Annual report on the working of the mental hospitals in the Madras Presidency - 1912-1932
Year: 1912
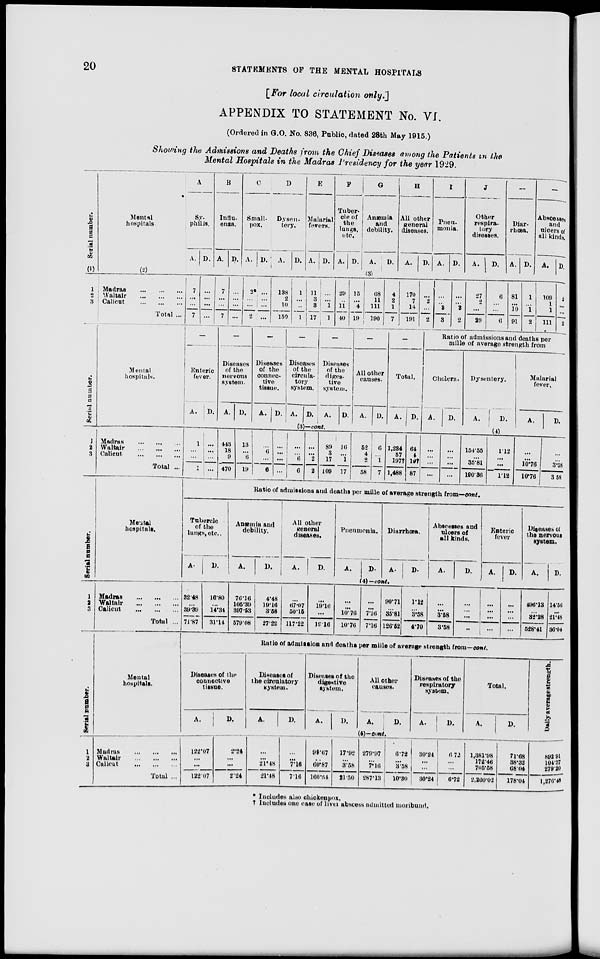
20
STATEMENTS
OF
THE MENTAL HOSPITALS
[For local circulation only.]
APPENDIX TO STATEMENT No. VI.
(Ordered in G.O. No. 836, Public, dated 28th May 1915.)
Showing the Admissions and Deaths from the Chief Diseases among the Patients in the
Mental Hospitals in the Madras Presidency for the year 1929.
Serial number.
(1)
1
2
3
Mental
hospitals.
(2)
Madras
...
...
...
Waltair
...
...
...
Calicut
...
...
...
Total ...
A
Sy-
philis.
A. D.
B
Influ-
enza.
A. D.
C
Small-
pox.
A. D.
D
Dysen-
tery.
A.
D.
E
Malarial
fevers.
A. D.
F
Tuber-
cle of
the
lungs,
etc.
A.
D.
G
Anæmia
and
debility.
A.
D.
H
All other
general
diseases.
A.
D.
I
Pneu-
monia.
A. D.
J
Other
respira-
tory
diseases.
A.
D.
—
Diar
rhœa.
A. D.
—
Abscesses
and
ulcers of
all kinds.
A.
D.
(3)
7
...
...
7
...
...
...
...
7
...
...
7
...
...
...
...
2*
...
...
2
...
...
...
...
138
2
10
150
1
...
...
1
11
3
3
17
...
...
1
1
29
...
11
40
15
...
4
19
68
11
111
190
4
2
1
7
170
7
14
191
...
2
...
2
...
...
3
3
...
...
2
2
27
2
...
29
6
...
...
6
81
...
10
91
1
...
1
2
109
1
1
111
2
...
...
2
Serial number.
1
2
3
Mental
hospitals.
Madras ... ... ...
Waltair
...
...
...
Calicut
...
...
...
Total ...
—
Enteric
fever.
A.
D.
—
Diseases
of the
nervous
system.
A. D.
—
Diseases
of the
connec-
tive
tissue.
A. D.
—
Diseases
of the
circula-
tory
system.
A. D.
—
Diseases
of the
diges-
tive
system.
A.
D.
—
All other
causes.
A.
D.
—
Total.
A.
D.
(3)—cont.
1
...
...
1
...
...
...
...
443
18
9
470
13
...
6
19
...
6
...
6
...
...
...
...
...
...
6
6
...
...
2
2
89
3
17
109
16
...
1
17
52
4
2
58
6
...
1
7
1,234
57
197†
1,488
64
4
l9†
87
Ratio of admissions and deaths per
mille of average strength from
Cholera.
A.
D.
Dysentery.
A.
D.
Malarial
fever.
A.
D.
(4)
...
...
...
...
...
...
...
...
154.55
...
35.81
190.36
1.12
...
...
1.12
...
...
10.76
10.76
...
...
3.58
3.58
Serial number.
1
2
3
Mental
hospitals.
Madras
...
...
...
Waltair
...
...
...
Calicut
...
...
...
Total ...
Ratio of admissions and deaths per mille of average strength from—cont.
Tubercle
of the
lungs, etc.
A.
D.
Anæmia and
debility.
A.
D.
All other
general
diseases.
A.
D.
Pneumonia.
A.
D.
Diarrhœa.
A.
D.
Abscesses and
ulcers of
all kinds.
A.
D.
Enteric
fever
A.
D.
Diseases of
the nervous
system.
A.
D.
(4) — cont.
32.48
...
39.39
71.87
16.80
...
14.34
31.14
76.16
105.39
397.53
579.08
4.48
19.16
3.58
27.22
...
67.07
50.15
117.22
...
19.16
...
19.16
...
...
10.76
10.76
...
...
7.16
7.16
90.71
...
35.81
126.52
1.12
...
3.58
4.70
...
...
3.58
3.58
...
...
...
...
...
...
...
...
...
...
...
...
496.13
...
32.28
528.41
14.56
...
21.48
36.04
Serial Number.
1
2
3
Mental
hospitals.
Madras ... ... ...
Waltair ... ... ...
Calicut
...
...
...
Total ...
Ratio of admission and deaths per mille of average strength from—cont.
Diseases of the
connective
tissue.
A.
D.
Diseases of
the circulatory
system.
A.
D.
Diseases of the
digestive
system.
A.
D.
All other
causes.
A.
D.
Diseases of the
respiratory
system.
A.
D.
Total.
A.
D.
(4)—cont.
122.07
...
...
122.07
2.24
...
...
2.24
...
...
21.48
21.48
...
...
7.16
7.16
99.67
...
60.87
160.54
17.92
...
3.58
21.50
279.97
...
7.16
287.13
6.72
...
3.58
10.30
30.24
...
...
30.24
6.72
...
...
6.72
1,381.98
172.46
705.58
2,260.02
71.68
38.32
68.04
178.04
Daily average strength.
892.91 104.37 279.20
1,276.48
* Includes also chickenpox.
† Includes one case of liver abscess admitted moribund.